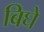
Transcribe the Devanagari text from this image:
बिघे